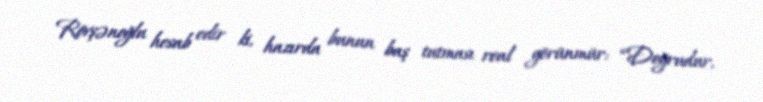
Rövşənoğlu hesab edir ki, hazırda bunun baş tutması real görünmür: “Doğrudur,